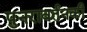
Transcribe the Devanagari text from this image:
पुनरावर्तनकी